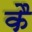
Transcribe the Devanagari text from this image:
कै